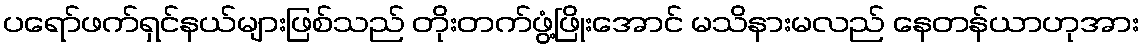
ပရော်ဖက်ရှင်နယ်များဖြစ်သည် တိုးတက်ဖွံ့ဖြိုးအောင် မသိနားမလည် နေတန်ယာဟုအား